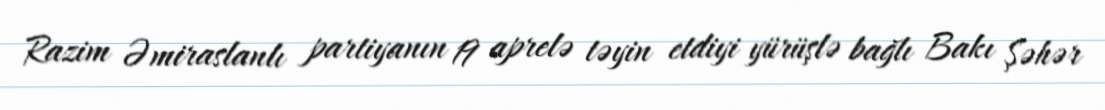
Razim Əmiraslanlı partiyanın 19 aprelə təyin etdiyi yürüşlə bağlı Bakı Şəhər